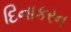
દિનાકરન